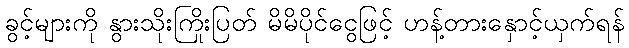
ခွင့်များကို နွားသိုးကြိုးပြတ် မိမိပိုင်ငွေဖြင့် ဟန့်တားနှောင့်ယှက်ရန်